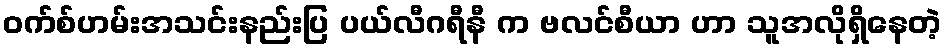
၀က်စ်ဟမ်းအသင်းနည်းပြ ပယ်လီဂရီနီ က ဗလင်စီယာ ဟာ သူအလိုရှိနေတဲ့